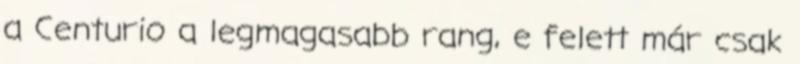
a Centurio a legmagasabb rang, e felett már csak